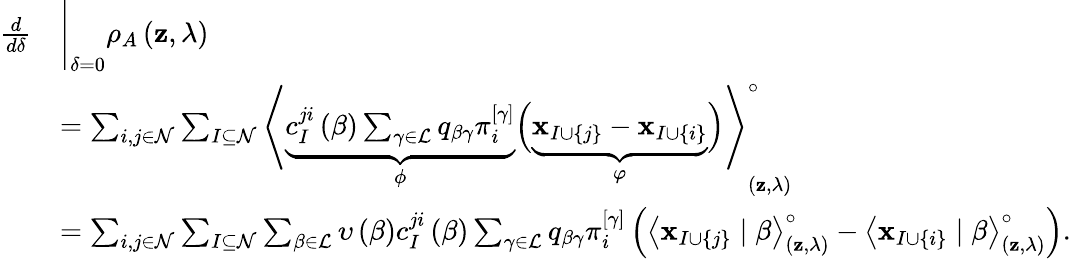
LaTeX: \begin{array}{rl}{\frac{d}{d\delta}}&{\Bigg\vert_{\delta=0}\rho_{A}\left(\mathbf{z},\lambda\right)}\\ &{=\sum_{i,j\in\mathcal{N}}\sum_{I\subseteq\mathcal{N}}\left<\underbrace{c_{I}^{ji}\left(\beta\right)\textstyle\sum_{\gamma\in\mathcal{L}}q_{\beta\gamma}\pi_{i}^{\left[\gamma\right]}}_{\phi}\Big(\underbrace{\mathbf{x}_{I\cup\left\{ j\right\} }-\mathbf{x}_{I\cup\left\{ i\right\} }}_{\varphi}\Big)\right>_{\left(\mathbf{z},\lambda\right)}^{\circ}}\\ &{=\sum_{i,j\in\mathcal{N}}\sum_{I\subseteq\mathcal{N}}\sum_{\beta\in\mathcal{L}}\upsilon\left(\beta\right)c_{I}^{ji}\left(\beta\right)\sum_{\gamma\in\mathcal{L}}q_{\beta\gamma}\pi_{i}^{\left[\gamma\right]}\left(\left<\mathbf{x}_{I\cup\left\{ j\right\} }\mid\beta\right>_{\left(\mathbf{z},\lambda\right)}^{\circ}-\left<\mathbf{x}_{I\cup\left\{ i\right\} }\mid\beta\right>_{\left(\mathbf{z},\lambda\right)}^{\circ}\right).}\end{array}